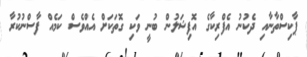
ޕާކިސްތާނާއި ދެކުނު އެފްރިކާގެ އޮފިޝަލުން ބުނީ ވަކި ގޮތަކަށް އެއްވެސް ކަމެއް ފާސްނުކުރާ